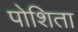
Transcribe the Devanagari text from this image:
पोशिता